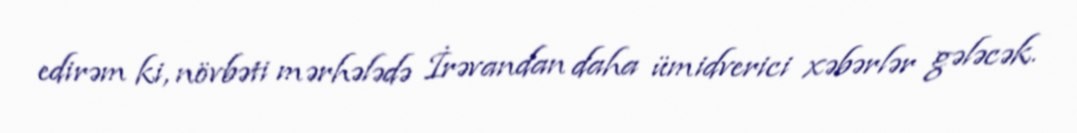
edirəm ki, növbəti mərhələdə İrəvandan daha ümidverici xəbərlər gələcək.